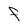
Character: F